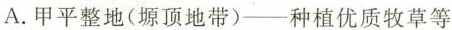
A.甲平整地(塬顶地带)-种植优质牧草等